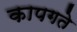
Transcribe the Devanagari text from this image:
कापगते